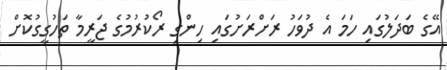
އޭގެ ބަދަލުގައި ހަމަ އެ ދުވަހު ރަށްރަށުގައި ހިންގި ރޯކުރުމުގެ ޖަރީމާ ތަހުގީގުކޮށް